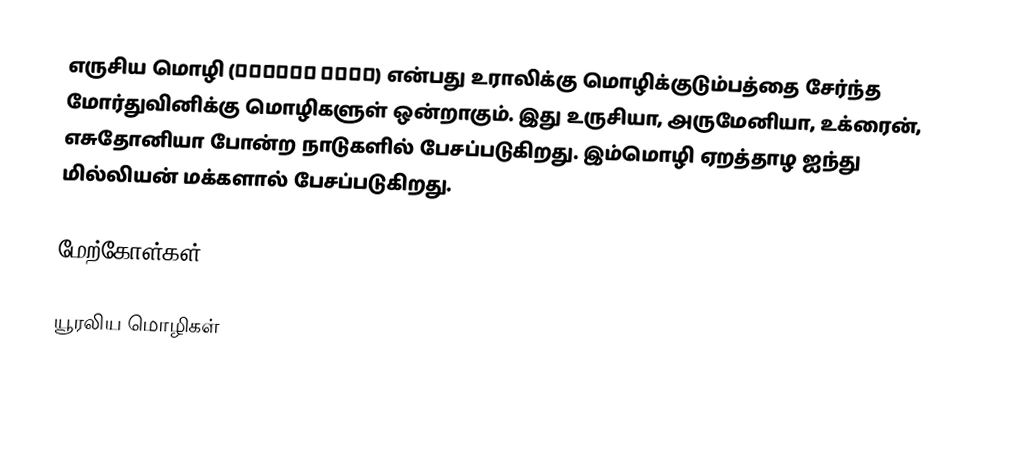
எருசிய மொழி (эрзянь кель) என்பது உராலிக்கு மொழிக்குடும்பத்தை சேர்ந்த மோர்துவினிக்கு மொழிகளுள் ஒன்றாகும். இது உருசியா, அருமேனியா, உக்ரைன், எசுதோனியா போன்ற நாடுகளில் பேசப்படுகிறது. இம்மொழி ஏறத்தாழ ஐந்து மில்லியன் மக்களால் பேசப்படுகிறது.

மேற்கோள்கள்

யூரலிய மொழிகள்